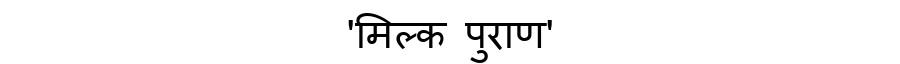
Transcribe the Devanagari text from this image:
'मिल्क पुराण'